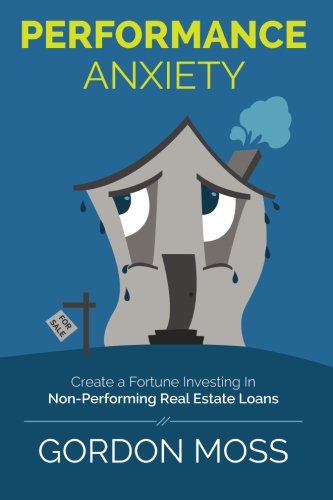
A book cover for Performance Anxiety: Creating A Fortune Investing In Non-Performing Real Estate Loans; Gordon Moss; Business & Money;